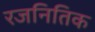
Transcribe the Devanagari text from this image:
रजनितिक